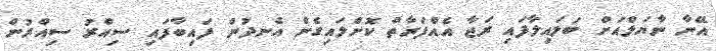
އޭނާ ނާޔަލްއަށް ބަލައިލާފައި ރަޖާ އެއްފަރާތް ކޮށްލައިގެން އެނދުން ފައިބާފައި ސިއްރު ސިއްރުން